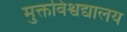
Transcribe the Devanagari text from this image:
मुक्तविश्वद्यालय